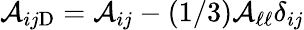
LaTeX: {\cal{A}}_{ij\mathrm{{D}}}={\cal{A}}_{ij}-(1/3){\cal{A}}_{\ell\ell}\delta_{ij}